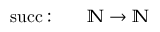
\begin{array} { r l } { \operatorname { s u c c } : \quad } & { { } \mathbb { N } \rightarrow \mathbb { N } } \end{array}